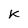
Character: K